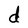
Character: d